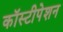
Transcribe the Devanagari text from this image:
कॉस्टीपेशन